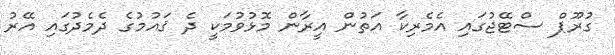
ގުރޫޕް ސްޓޭޖުގައި އެމެރިކާ އަތުން އީރާން މޮޅުވުމަކީ ދެ ޤައުމުގެ ދެމެދުގައި އޭރު